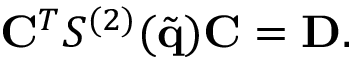
\mathbf { C } ^ { T } S ^ { ( 2 ) } ( \tilde { \mathbf { q } } ) \mathbf { C } = \mathbf { D } .